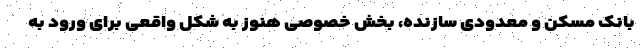
بانک مسکن و معدودی سازنده، بخش خصوصی هنوز به شکل واقعی برای ورود به